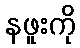
နဖူးကို